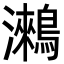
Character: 𪅍